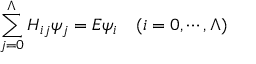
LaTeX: \sum _ { j = 0 } ^ { \Lambda } H _ { i j } \psi _ { j } = E \psi _ { i } \quad ( i = 0 , \cdots , \Lambda )